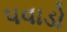
પવાડો